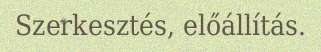
Szerkesztés, előállítás.